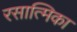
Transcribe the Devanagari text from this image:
रसात्मिका